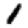
Digit: 1